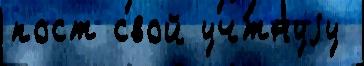
пост свой уч́тнуjу